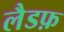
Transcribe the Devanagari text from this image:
लैडफ़